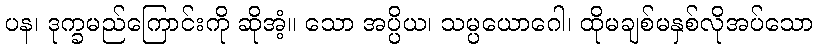
ပန၊ ဒုက္ခမည်ကြောင်းကို ဆိုအံ့။ သော အပ္ပိယ၊ သမ္ပယောဂေါ၊ ထိုမချစ်မနှစ်လိုအပ်သော